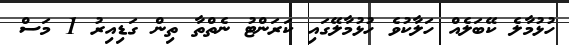
ހުޅުމާލެ ކޭބަލެއް ހަލާކުވެ ހުޅުމާލޭގައި ކަރަންޓު ނެތްތާ ތިން ގަޑިއިރު 1 މަސް